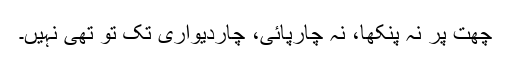
چھت پر نہ پنکھا، نہ چارپائی، چاردیواری تک تو تھی نہیں۔